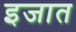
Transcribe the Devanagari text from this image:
इजात